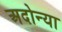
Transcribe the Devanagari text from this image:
अदोन्या